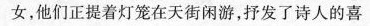
女，他们正提着灯笼在天街闲游，抒发了诗人的喜